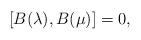
LaTeX: \begin{align*}\left[ B (\lambda), B (\mu) \right] = 0,\end{align*}